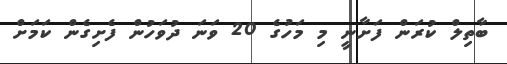
ބާތިލް ކުރަން ފަށާނީ މި މަހުގެ 20 ވަނަ ދުވަހުން ފެށިގެން ކަމަށް